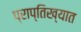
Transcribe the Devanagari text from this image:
प्राप्तिख्यात